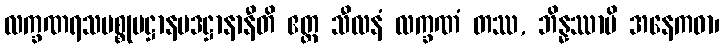
လက္ခဏရသပစ္စုပဋ္ဌာနပဒဋ္ဌာနာနီတိ ဧတ္ထ သီလနံ လက္ခဏံ တဿ, ဘိန္နဿာပိ အနေကဓာ၊